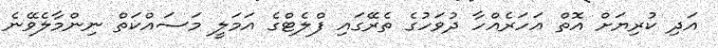
އަދި ކުރިޔަށް އޮތް އަހަރެއްހާ ދުވަހުގެ ތެރޭގައި ފްލެޓްގެ އަމަލީ މަސައްކަތް ނިންމާލެވޭނެ